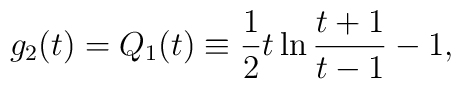
g_2(t)=Q_1(t)\equiv {1\over 2}t\ln{{t+1}\over{t-1}}-1,